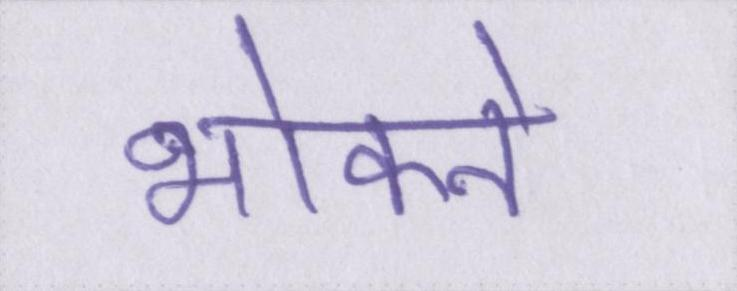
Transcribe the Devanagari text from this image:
भोकने